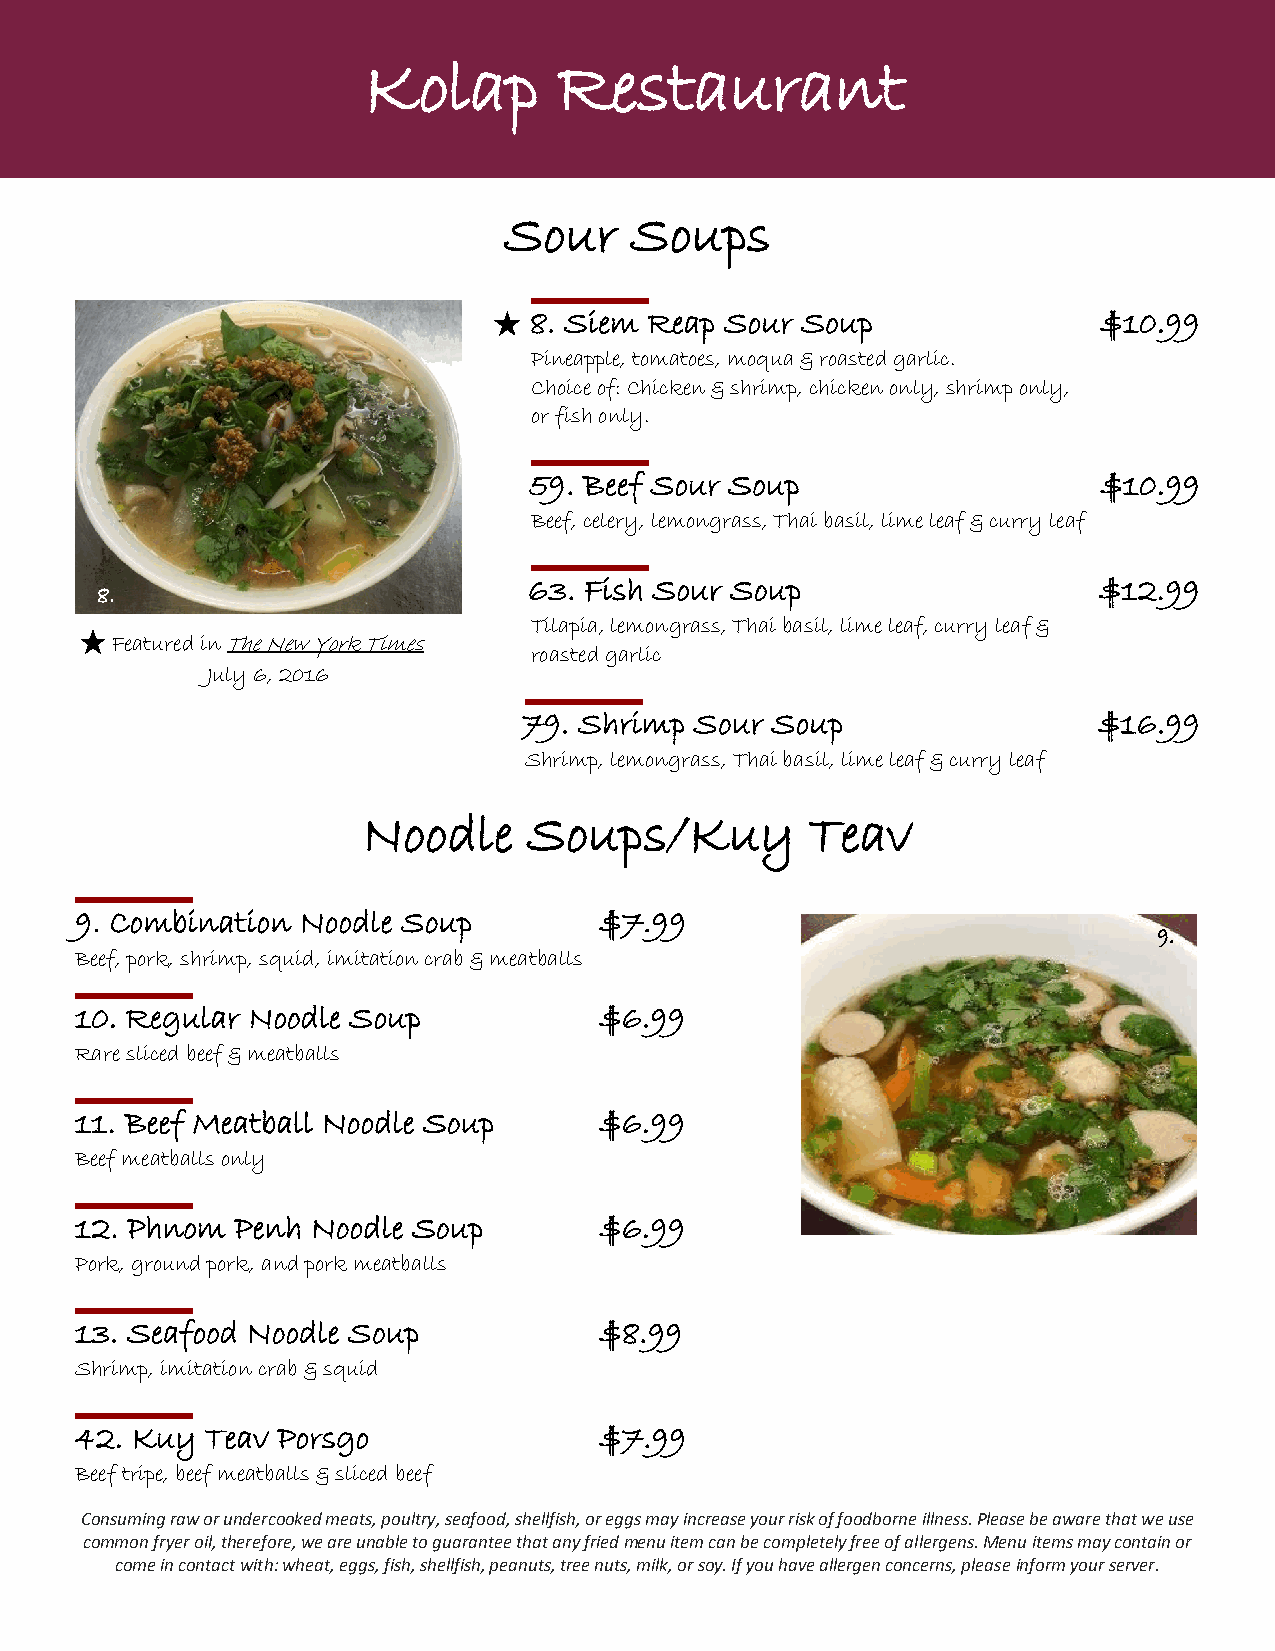
Kolap        Restaurant
 Sour     Soups
 8. Siem Reap Sour Soup                $10.99
 Pineapple, tomatoes, moqua & roasted garlic.
 Choice of: Chicken & shrimp, chicken only, shrimp only,
 or fish only.
 59. Beef Sour Soup                    $10.99
 Beef, celery, lemongrass, Thai basil, lime leaf & curry leaf
 63. Fish Sour Soup                    $12.99
 8.
 Tilapia, lemongrass, Thai basil, lime leaf, curry leaf &
 Featured in The New York Times
 roasted garlic
 July 6, 2016
 79. Shrimp Sour Soup                  $16.99
 Shrimp, lemongrass, Thai basil, lime leaf & curry leaf
 Noodle     Soups/Kuy          Teav
 9. Combination Noodle Soup         $7.99
 9.
 Beef, pork, shrimp, squid, imitation crab & meatballs
 10. Regular Noodle Soup            $6.99
 Rare sliced beef & meatballs
 11. Beef Meatball Noodle Soup      $6.99
 Beef meatballs only
 12. Phnom  Penh Noodle Soup        $6.99
 Pork, ground pork, and pork meatballs
 13. Seafood Noodle Soup            $8.99
 Shrimp, imitation crab & squid
 42. Kuy  Teav Porsgo               $7.99
 Beef tripe, beef meatballs & sliced beef
 Consuming raw or undercooked meats, poultry, seafood, shellfish, or eggs may increase your risk of foodborne illness. Please be aware that we use
 common fryer oil, therefore, we are unable to guarantee that any fried menu item can be completely free of allergens. Menu items may contain or
 come in contact with: wheat, eggs, fish, shellfish, peanuts, tree nuts, milk, or soy. If you have allergen concerns, please inform your server.